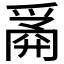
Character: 𰠆